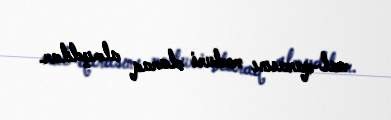
mal-qarasını məcburi olaraq almışdılar.